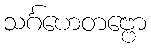
သင်္ဂဟေတဗ္ဗော